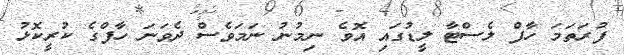
ފުރަތަމަ ހާފް ލެސްޓާ ލީޑުގައި އޮވެ ނިމުނު ނަމަވެސް ދެވަނަ ހާފްގެ ކުރީކޮޅު